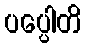
ပပ္ပေါတိ